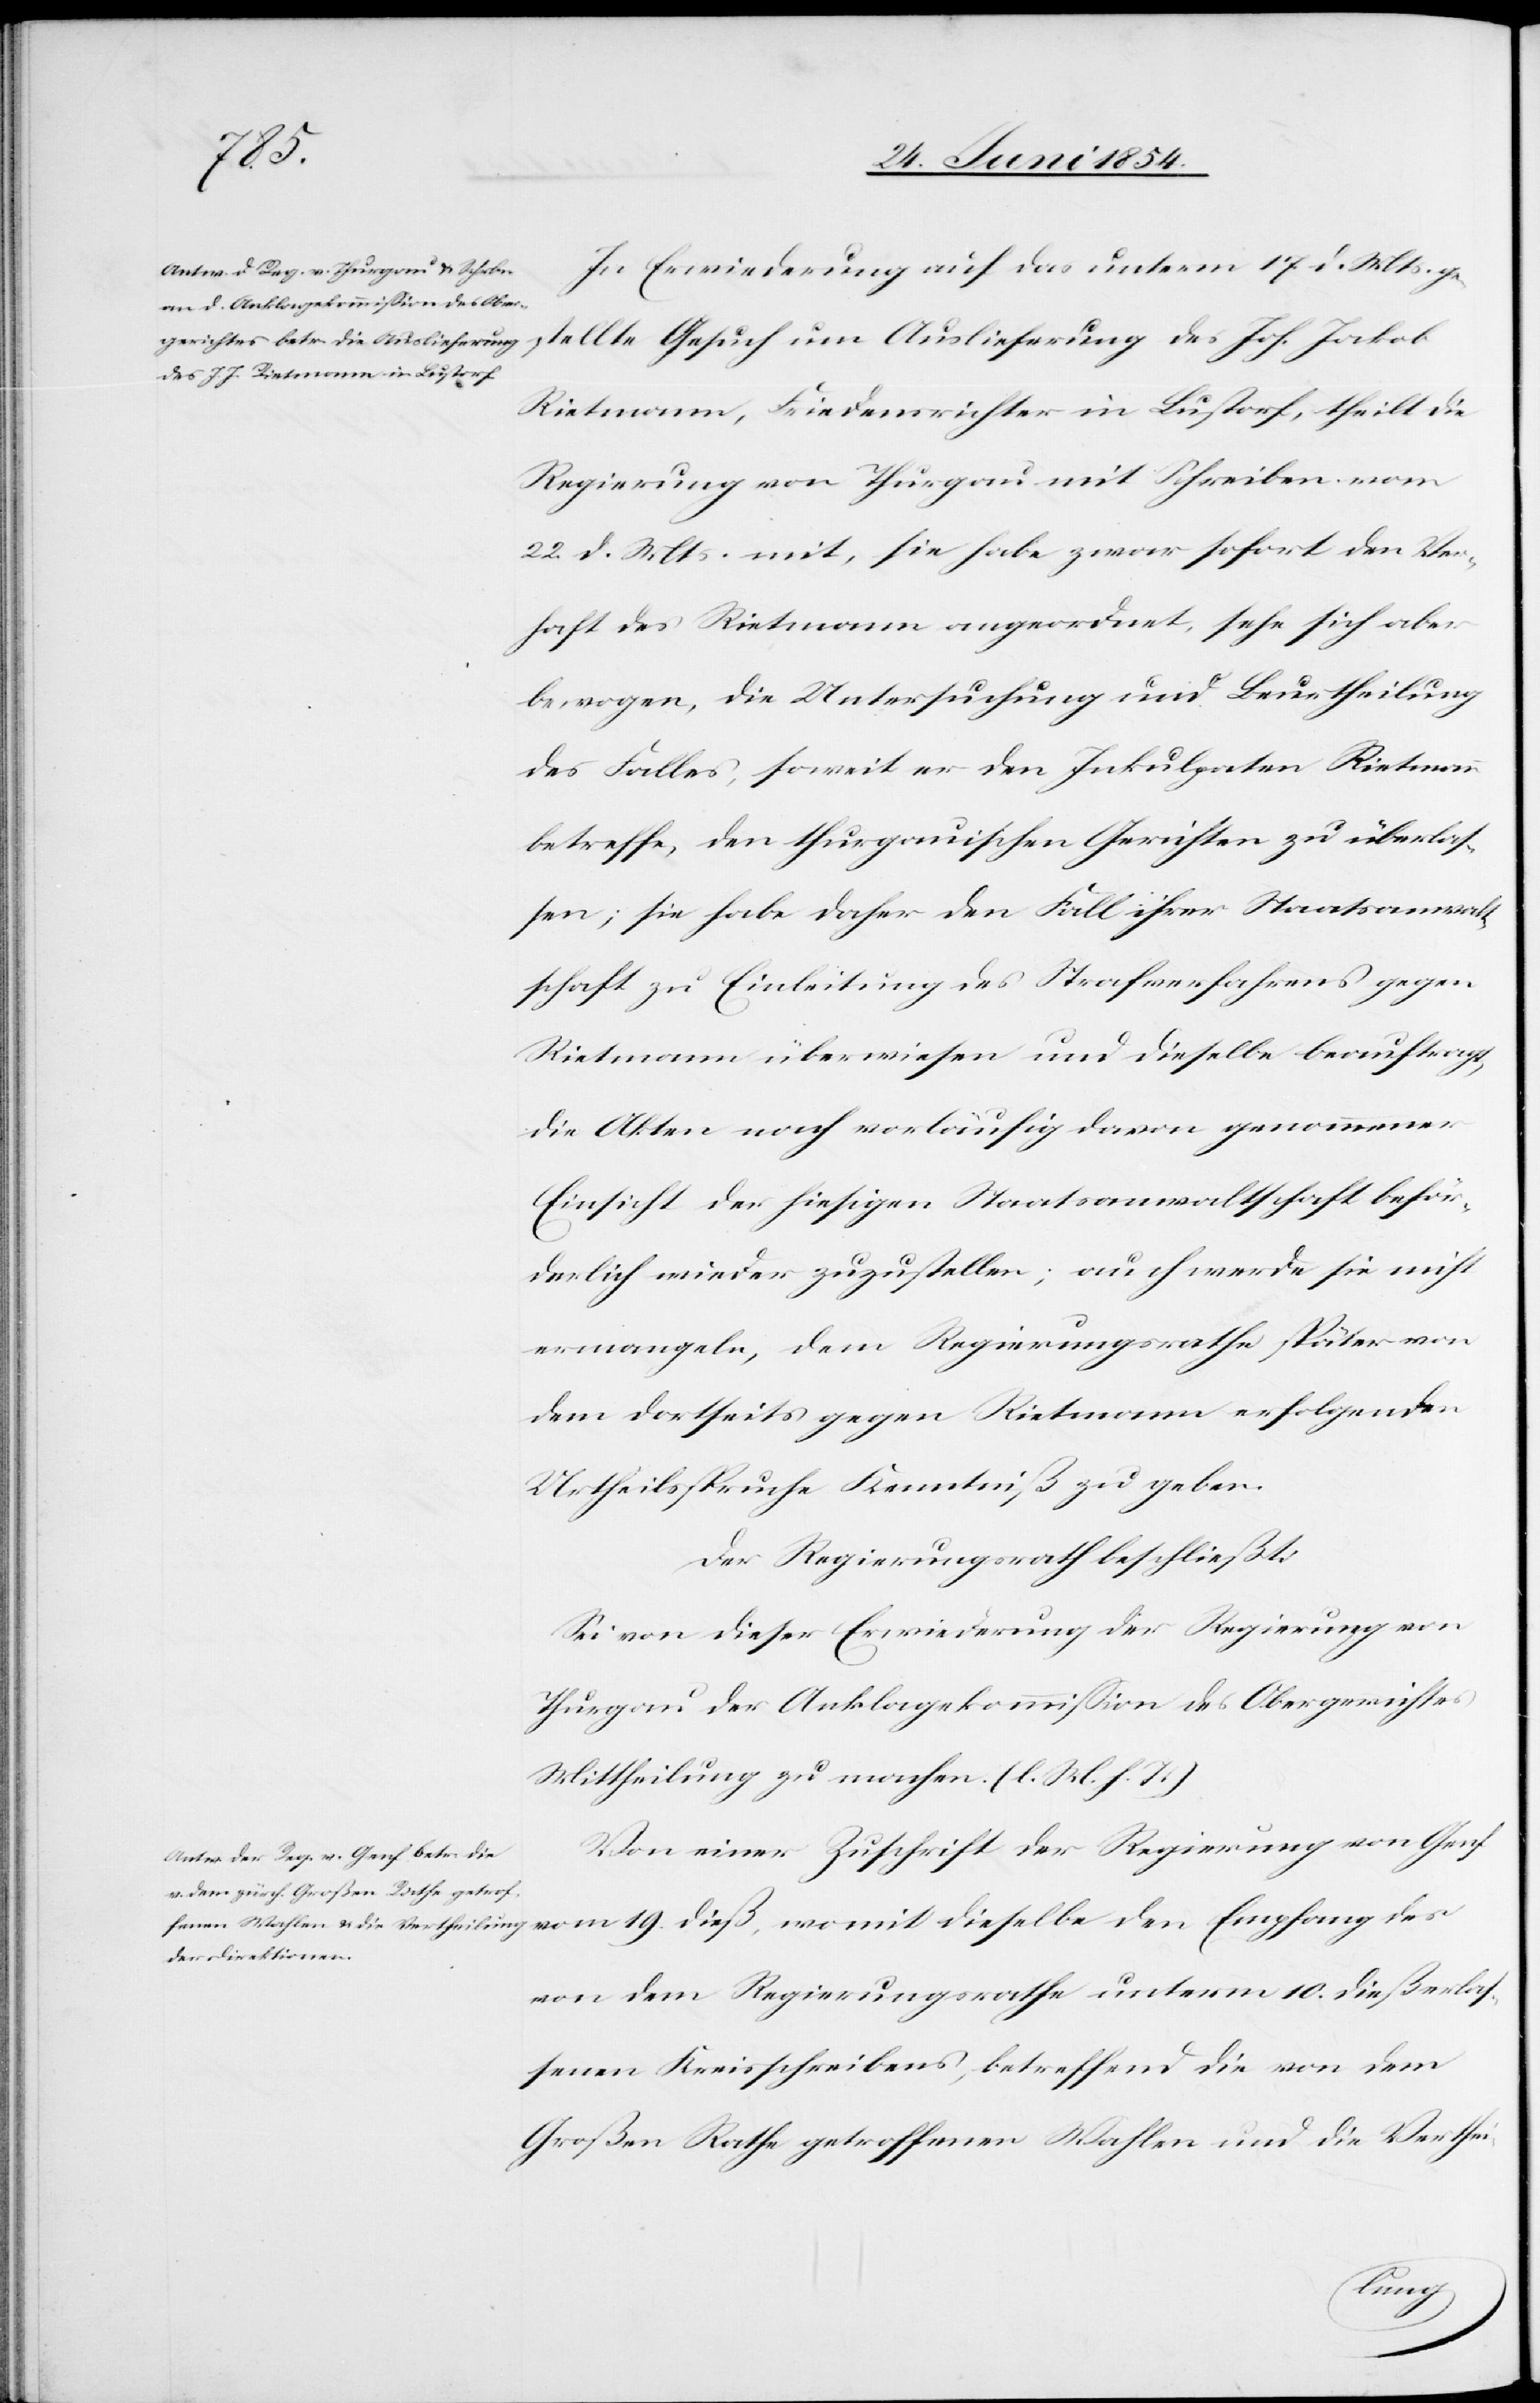
19.
In Erwiederung auf das unterm 17. d. Mts. ge¬
stellte Gesuch um Auslieferung des Joh. Jakob
Rietmann, Friedensrichter in Lustorf, theilt die
Regierung von Thurgau mit Schreiben vom
22. d. Mts. mit, sie habe zwar sofort den Ver¬
haft des Reitmann angeordnet, sehe sich aber
bewogen, die Untersuchung und Beurtheilung
des Falles, soweit er den Inkulpaten Rietmann
betreffe, den thurgauischen Gerichten zu überlaß¬
en; sie habe daher den Fall ihrer Staatsanwalt¬
schaft zu Einleitung des Strafverfahrens gegen
Rietmann überwiesen und dieselbe beauftragt,
die Akten nach vorläufig davon genommener
Einsicht der hiesigen Staatsanwaltschaft beför¬
derlich wieder zuzustellen; auch werde sie nicht
ermangeln, dem Regierungsrathe später von
dem dortseits gegen Rietmann erfolgenden
Urtheilsspruche Kenntniß zu geben.
Der Regierungsrath beschließt:
Sei von dieser Erwiederung der Regierung von
Thurgau der Anklagekommißion des Obergerichtes
Mittheilung zu machen. (l. M. h. T.)
Von einer Zuschrift der Regierung von Genf
von dem Regierungsrathe unterm 10. dieß erla¬
ßenen Kreisschreibens, betreffend die von dem
Großen Rathe getroffenen Wahlen und die Verthei-